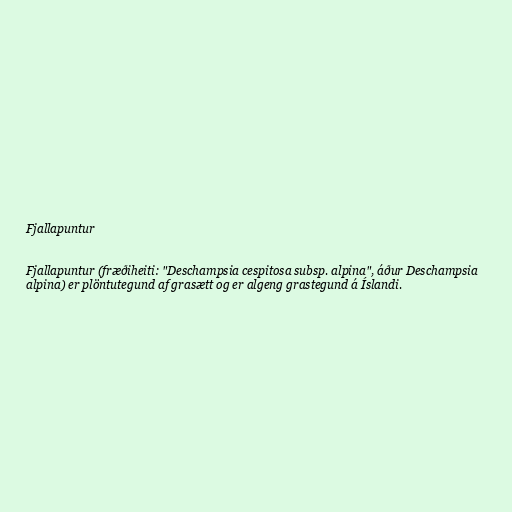
Fjallapuntur

Fjallapuntur (fræðiheiti: "Deschampsia cespitosa subsp. alpina", áður Deschampsia
alpina) er plöntutegund af grasætt og er algeng grastegund á Íslandi.